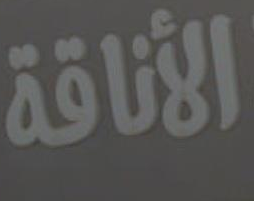
الأناقة